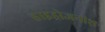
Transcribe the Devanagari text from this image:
हाइड्रोजनांश